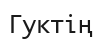
Гуктің